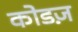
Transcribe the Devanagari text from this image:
कोडज़